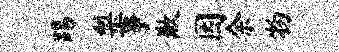
踢梨事歉因余物